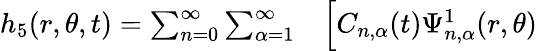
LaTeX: \begin{array}{rl}{h_{5}(r,\theta,t)=\sum_{n=0}^{\infty}\sum_{\alpha=1}^{\infty}}&{{}\Big[C_{n,\alpha}(t)\Psi_{n,\alpha}^{1}(r,\theta)}\end{array}